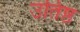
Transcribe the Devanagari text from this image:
उतिष्ठ